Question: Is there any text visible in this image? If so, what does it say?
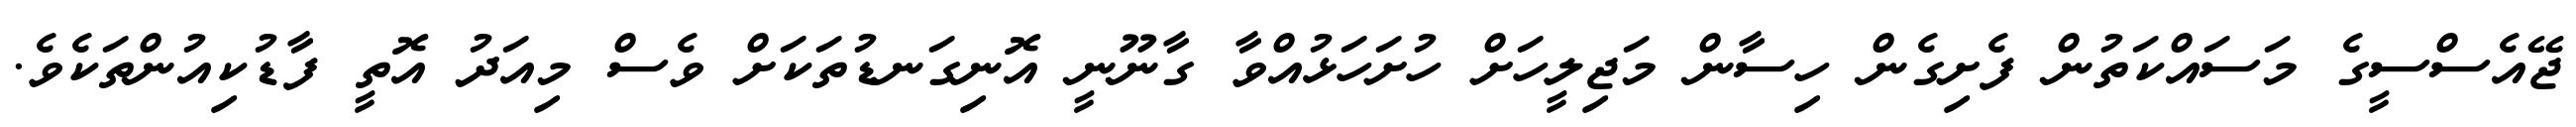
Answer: ޖޭއެސްސީގެ މަސައްކަތުން ފެށިގެން ހިސާން މަޖިލީހަށް ހުށަހަޅުއްވާ ގާނޫނީ އޮނިގަނޑުތަކަށް ވެސް މިއަދު އޮތީ ފާޑުކިއުންތަކެވެ.